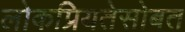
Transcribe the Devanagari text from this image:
लोकप्रियतेसोबत